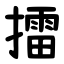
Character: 擂